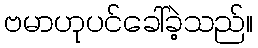
ဗမာဟုပင်ခေါ်ခဲ့သည်။